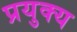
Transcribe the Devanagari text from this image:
प्रयुक्य